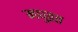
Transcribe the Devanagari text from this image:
मधुव्रत